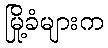
မြို့ခံများက